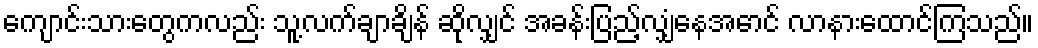
ကျောင်းသားတွေကလည်း သူ့လက်ချာချိန် ဆိုလျှင် အခန်းပြည့်လျှံနေအောင် လာနားထောင်ကြသည်။